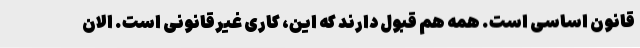
قانون اساسی است. همه هم قبول دارند که این، کاری غیرقانونی است. الان